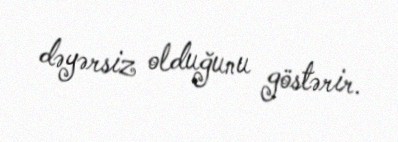
dəyərsiz olduğunu göstərir.